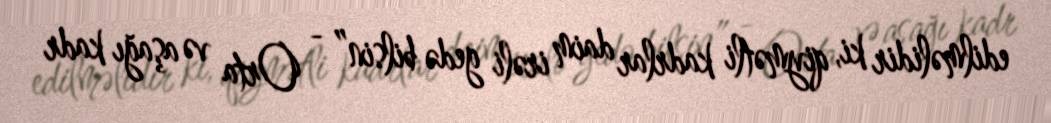
edilməlidir ki, qiymətli kadrlar daim irəli gedə bilsin” - Orta və aşağı kadr